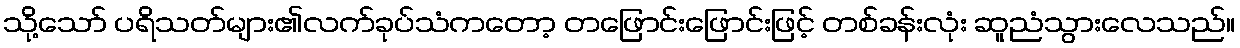
သို့သော် ပရိသတ်များ၏လက်ခုပ်သံကတော့ တဖြောင်းဖြောင်းဖြင့် တစ်ခန်းလုံး ဆူညံသွားလေသည်။